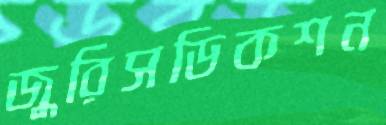
জুরিসডিকশন